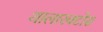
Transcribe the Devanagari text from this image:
थालारक्टोस